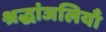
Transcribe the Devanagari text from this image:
श्रद्धांजलियाँ